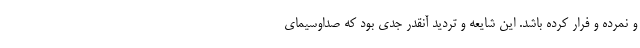
و نمرده و فرار کرده باشد. این شایعه و تردید آنقدر جدی بود که صداوسیمای